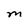
Character: M